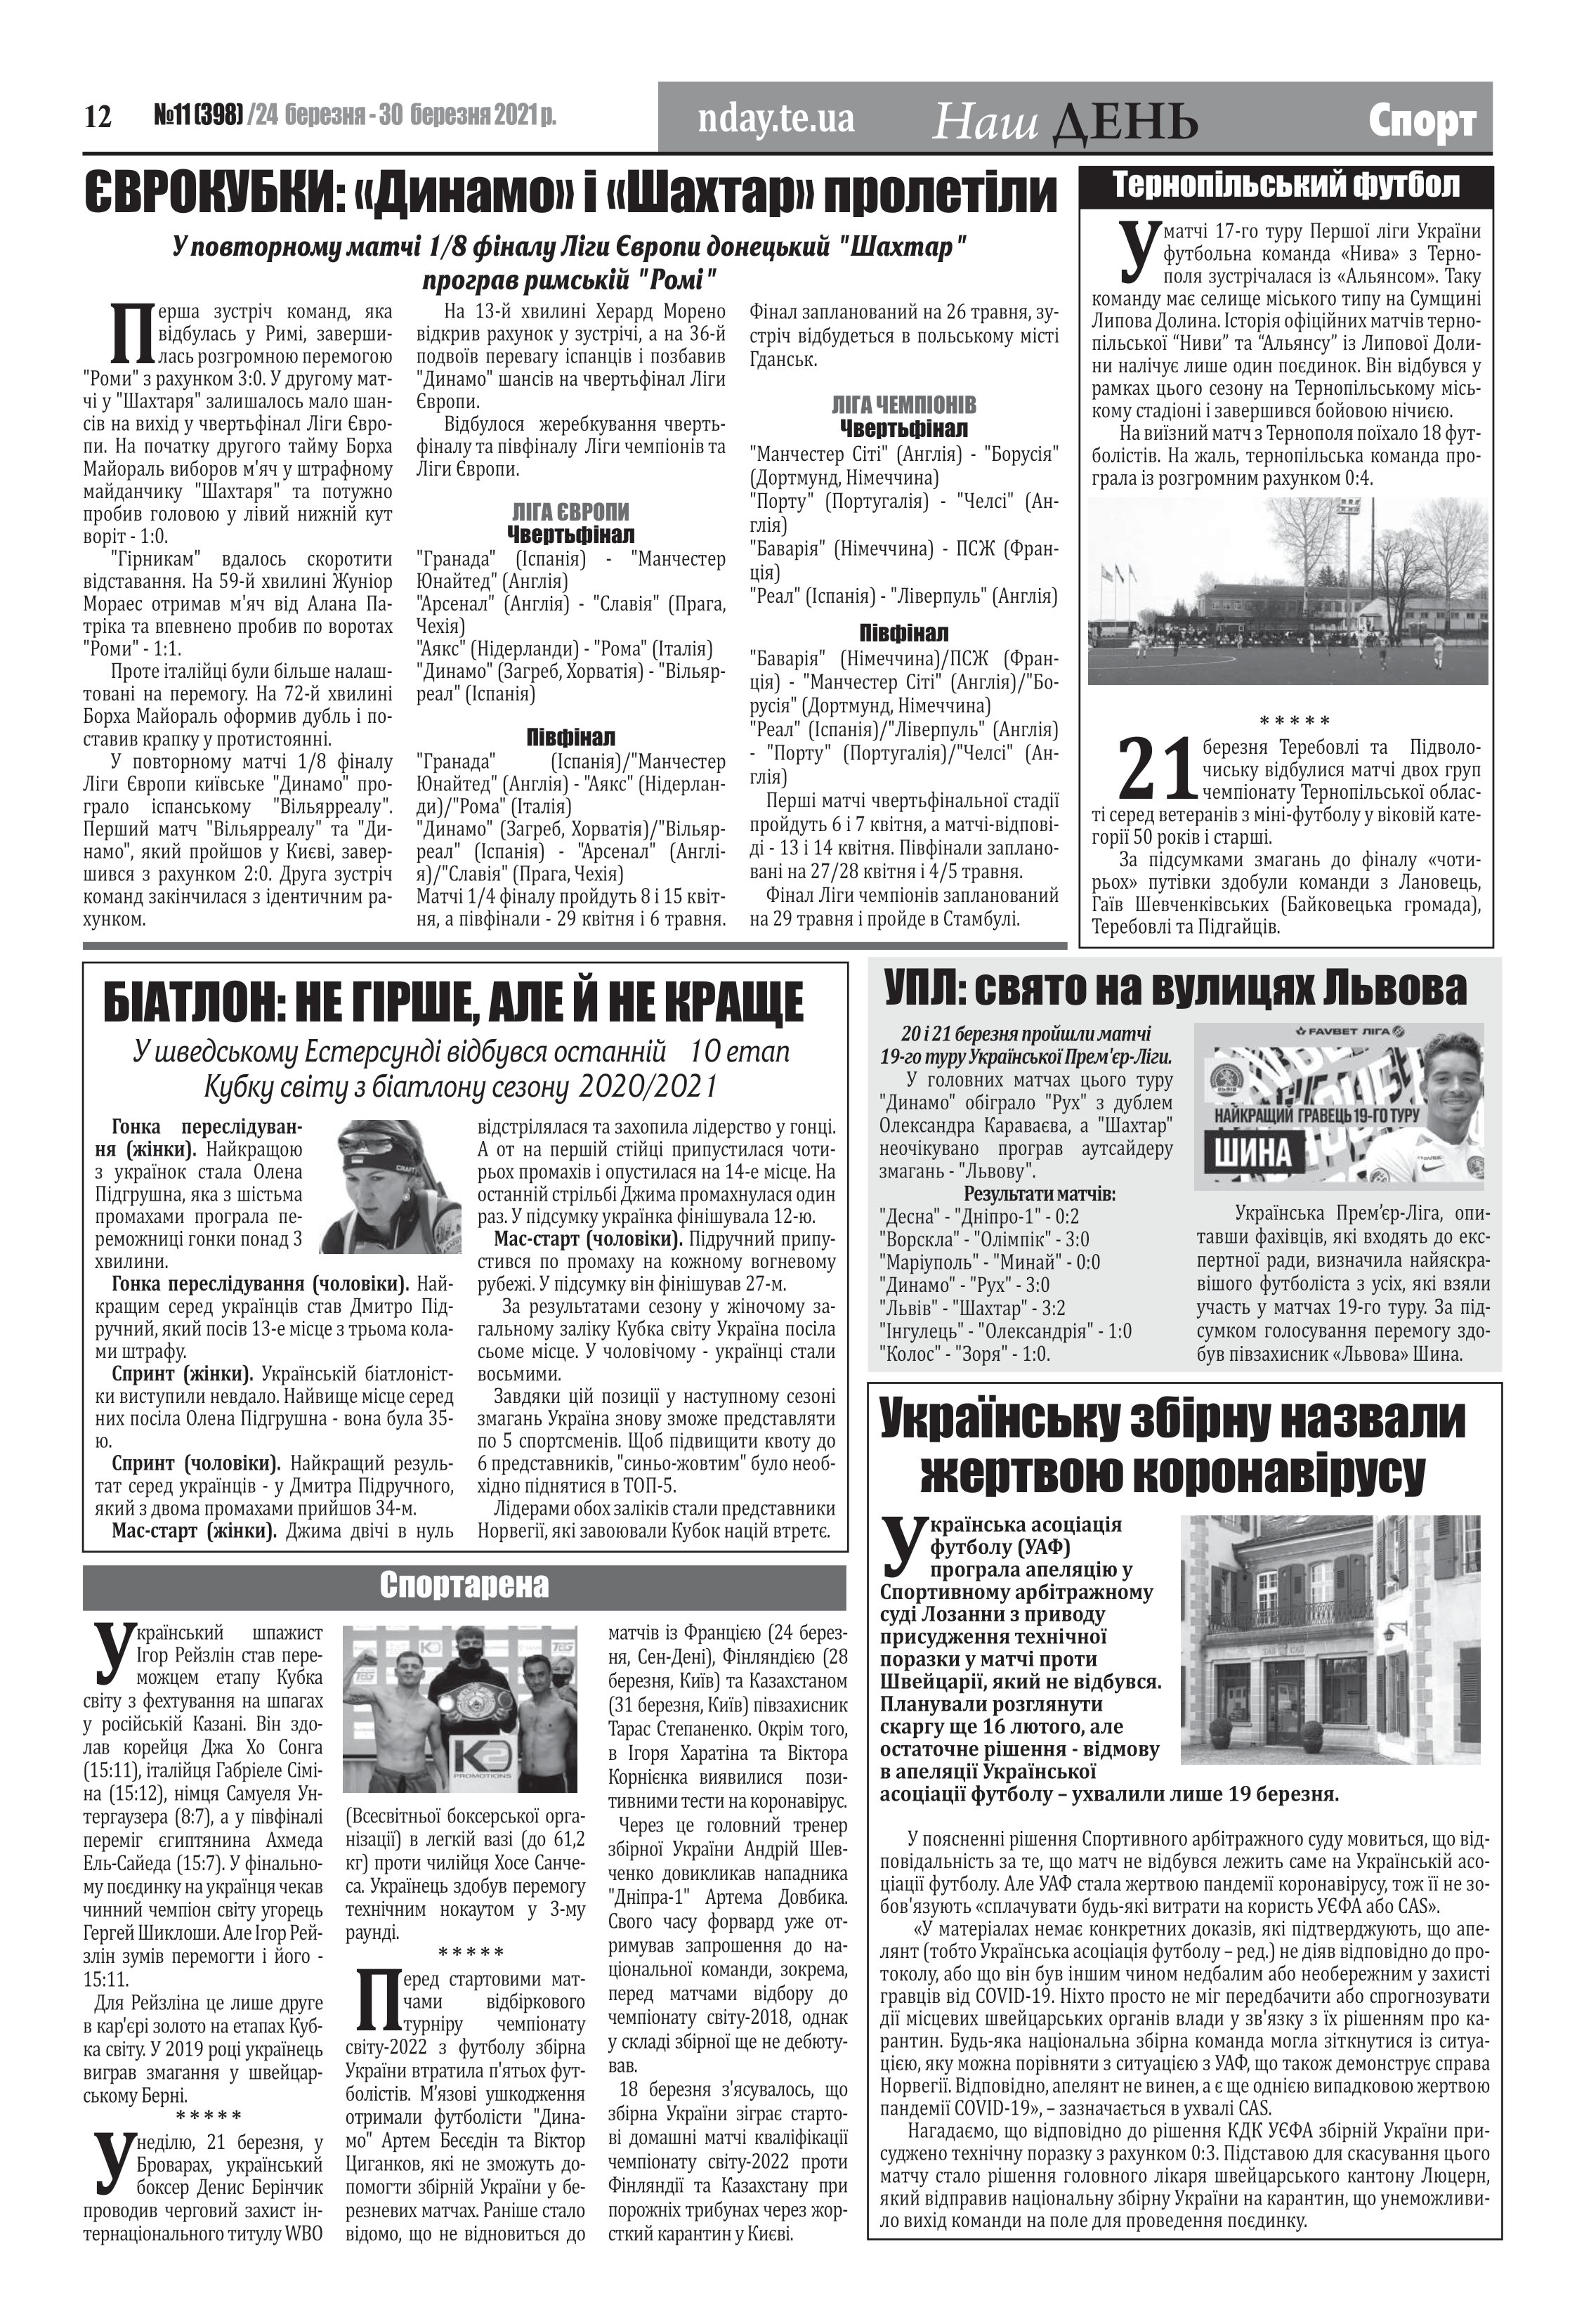
Language: uk